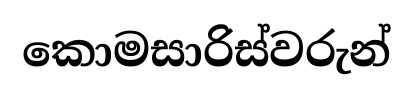
කොමසාරිස්වරුන්